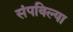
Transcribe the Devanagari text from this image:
संपविल्या